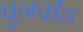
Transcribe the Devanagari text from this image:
पुनर्वाढ